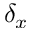
\delta _ { x }